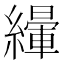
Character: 𦅿